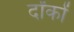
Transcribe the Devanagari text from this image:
र्दांकों